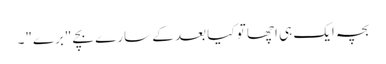
بچہ ایک ہی اچھا تو کیا بعد کے سارے بچے "برے"۔